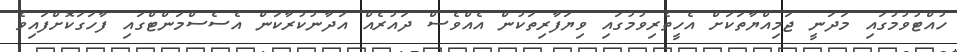
ހުއްޓުވުމުގައި މަދަނީ ޖަމިއްޔާތަކަށް އެހީތެރިވުމުގައި ވިޔަފާރިތަކުން އެއްވެސް ދައުރެއް އަދާނުކުރާކަން އެސެސްމަންޓްގައި ފާހަގަކޮށްފައިވެ